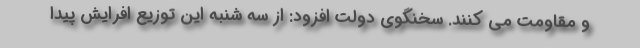
و مقاومت می کنند. سخنگوی دولت افزود: از سه شنبه این توزیع افرایش پیدا